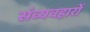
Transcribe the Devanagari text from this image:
संव्यवहारों